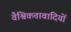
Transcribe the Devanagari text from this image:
वैश्विकतावादियों